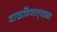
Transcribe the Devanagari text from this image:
दाखविणार्‍याला